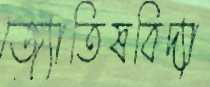
জ্যোতিষবিদ্যা